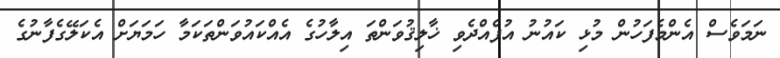
ނަމަވެސް އެންމެފަހުން މުޅި ކައުނު އުފެއްދެވި ޚާލިޤުވަންތަ އިލާހުގެ އެއްކައުވަންތަކަމާ ހަމަޔަށް އެކަލޭގެފާނުގެ